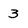
Character: 3